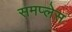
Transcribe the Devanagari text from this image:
समप्लेस